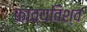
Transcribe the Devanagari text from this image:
काव्यविश्व